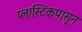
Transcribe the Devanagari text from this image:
प्लास्टिकपासून